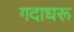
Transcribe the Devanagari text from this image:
गदाधरू